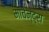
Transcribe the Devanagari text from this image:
माचेन्द्रा